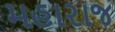
મહારાજ